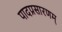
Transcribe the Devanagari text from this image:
पादप्रसारणम्